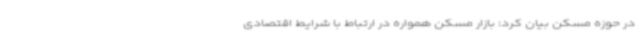
در حوزه مسکن بیان کرد: بازار مسکن همواره در ارتباط با شرایط اقتصادی